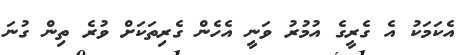
އެކަމަކު އެ ގެރީގެ އުމުރު ވަނީ އެހެން ގެރިތަކަށް ވުރެ ތިން ގުނަ